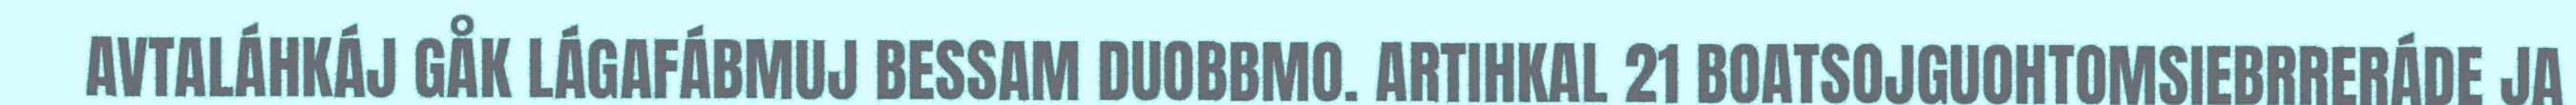
AVTALÁHKÁJ GÅK LÁGAFÁBMUJ BESSAM DUOBBMO. ARTIHKAL 21 BOATSOJGUOHTOMSIEBRRERÁDE JA